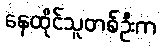
နေထိုင်သူတစ်ဦးက